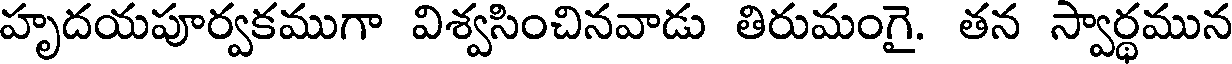
హృదయపూర్వకముగా విశ్వసించినవాడు తిరుమంగై. తన స్వార్థమున